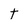
Character: t